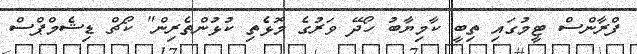
ފްރާންސް ޓީމުގައި ތިބީ ކާމިޔާބު ހޯދޭ ވަރުގެ މޮޅެތި ކުޅުންތެރިން" ކޯޗް ޑިޝެމްްޕްސް